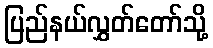
ပြည်နယ်လွှတ်တော်သို့